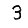
Digit: 3